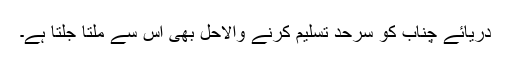
دریائے چناب کو سرحد تسلیم کرنے والاحل بھی اس سے ملتا جلتا ہے۔